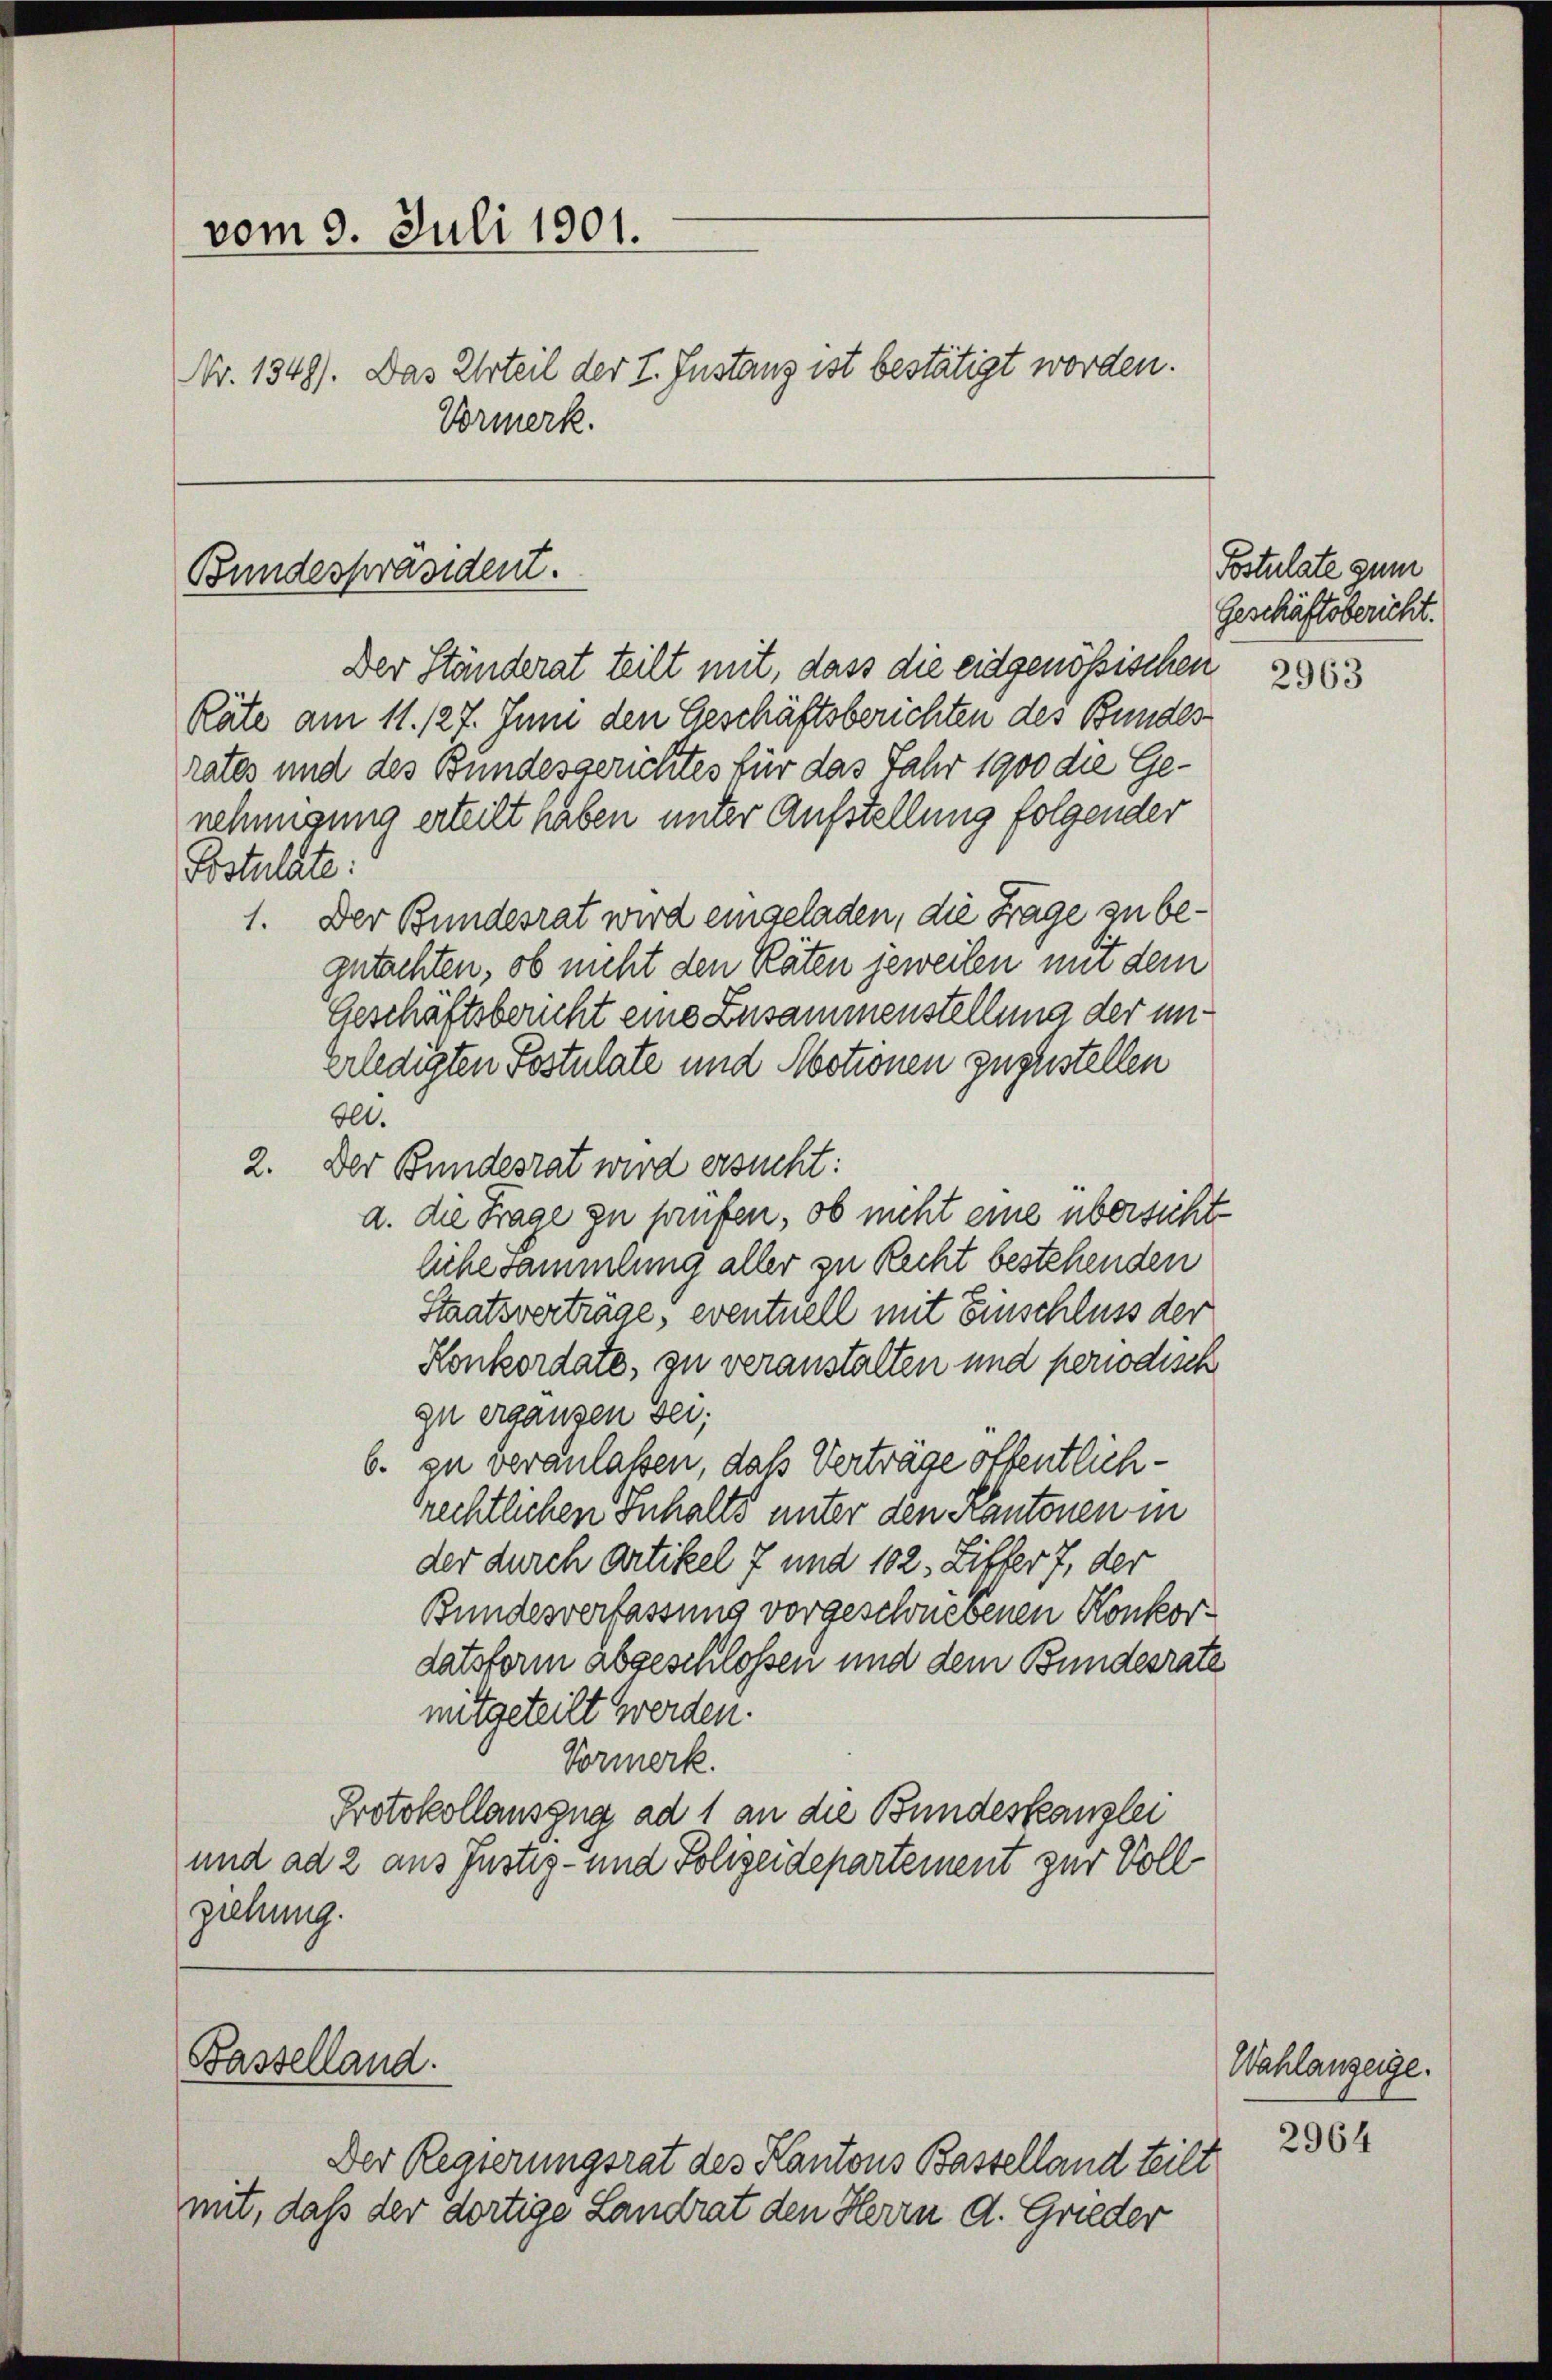
vom 9. Juli 1901.
Vormerk.

Bundespräsident.

Basselland.

Nr. 1349). Das Urteil der I. Instanz ist bestätigt worden.

Der Ständerat teilt mit, dass die eidgenössischen
Räte am 11. 127. Juni den Geschäftsberichten des Bundesrates und des Bundesgerichtes für das Jahr 1900 die Genehmigung erteilt haben unter Aufstellung folgender
Postulate:
1. Der Bundesrat wird eingeladen, die Frage zu begutachten, ob nicht den Räten jeweilen mit dem
Geschäftsbericht eine Zusammenstellung der un¬
Erledigten Postulate und Motionen zuzustellen
Blt.
2. Der Bundesrat wird ersucht:
a. die Frage zu prüfen, ob nicht eine übersicht¬
Eichesammlung aller zu Recht bestehenden
Staatsverträge, eventuell mit Einschluss der
Konkordate, zu veranstalten und periodisch
zu erganzen sei;
b. zu veranlaßen, daß Verträge öffentlichrechtlichen Inhalts unter den Kantonen in
der durch Artikel 7 und 102. Litter 7, der
Bundesverfassung vorgeschnebenen Konkordatsform abgeschlossen und dem Bundesrate
mitgeteilt werden.
Vormerk.
Protokollauszug ad 1 an die Bundeskanzlei
und ad 2 aus Justiz- und Polizeidepartement zur Vollziehung.

Der Regierungsrat des Kantons Basselland teilt
mit, daß der dortige Landrat den Herrn d. Grieder

Postulate zum
Geschäftsbericht.

2963

Wahlanzeige.

2964